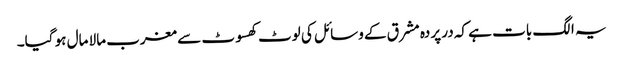
یہ الگ بات ہے کہ در پردہ مشرق کے وسائل کی لوٹ کھسوٹ سے مغرب مالا مال ہو گیا۔